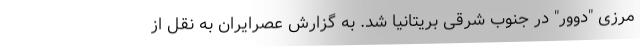
مرزی "دوور" در جنوب شرقی بریتانیا شد. به گزارش عصرایران به نقل از